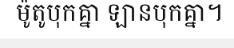
ម៉ូតូបុកគ្នា ឡានបុកគ្នា។